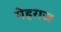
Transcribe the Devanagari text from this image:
मेहराज